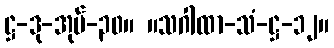
ဋ္ဌ-ဒု-အုပ်-၃၀။ ။သဂါထာ-သံ-ဋ္ဌ-၁၂။